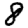
Digit: 8